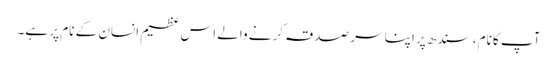
آپ کا نام، سندھ پر اپنا سر صدقہ کرنے والے اس عظیم انسان کے نام پر ہے۔